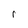
Character: r